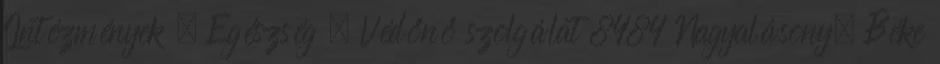
Intézmények » Egészség » Védőnő szolgálat 8484 Nagyalásony, Béke